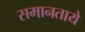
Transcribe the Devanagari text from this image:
समानताये